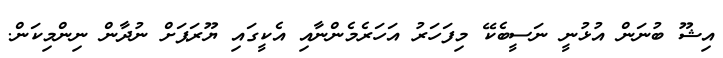
އިޝޫ ބުނަން އުޅުނީ ނަސީބެކޭ މިފަހަރު އަހަރެމެންނާއި އެކީގައި ޔޫރަޕަށް ނުދާން ނިންމިކަން.